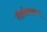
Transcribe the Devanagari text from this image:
तीर्थस्वरूप